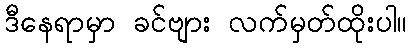
ဒီနေရာမှာ ခင်ဗျား လက်မှတ်ထိုးပါ။